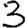
Digit: 3